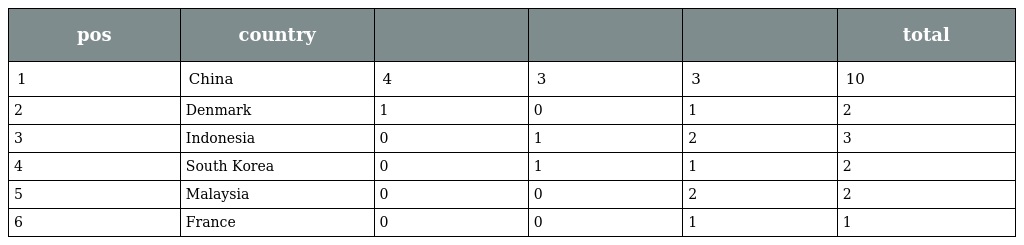
| pos | country |  |  |  | total |
 | --- | --- | --- | --- | --- | --- |
 | 1 | China | 4 | 3 | 3 | 10 |
 | 2 | Denmark | 1 | 0 | 1 | 2 |
 | 3 | Indonesia | 0 | 1 | 2 | 3 |
 | 4 | South Korea | 0 | 1 | 1 | 2 |
 | 5 | Malaysia | 0 | 0 | 2 | 2 |
 | 6 | France | 0 | 0 | 1 | 1 |